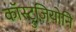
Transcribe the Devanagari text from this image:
कॉस्ट्रुज़ियोनि